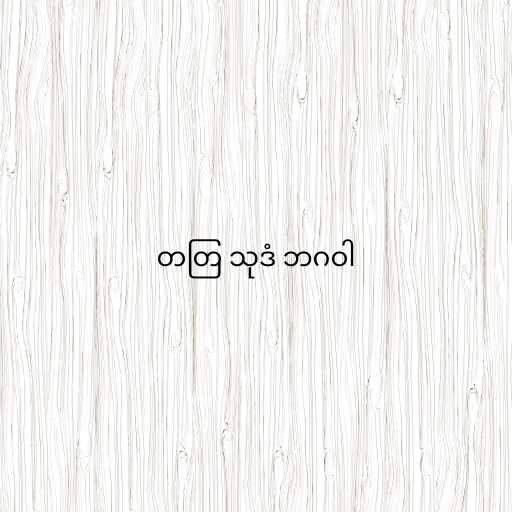
တတြ သုဒံ ဘဂဝါ